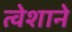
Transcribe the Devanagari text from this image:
त्वेशाने